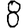
Digit: 8